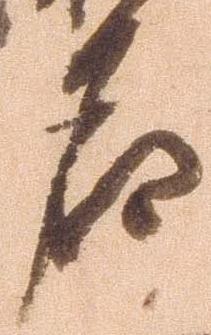
名